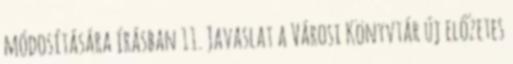
módosítására írásban 11. Javaslat a Városi Könyvtár új előzetes